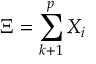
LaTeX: \Xi = \sum _ { k + 1 } ^ { p } X _ { i }